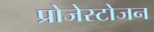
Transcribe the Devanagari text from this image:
प्रोजेस्टोजन